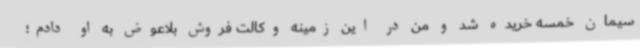
سیمان خمسه خریده شد و من در این زمینه وکالت فروش بلاعوض به او دادم؛